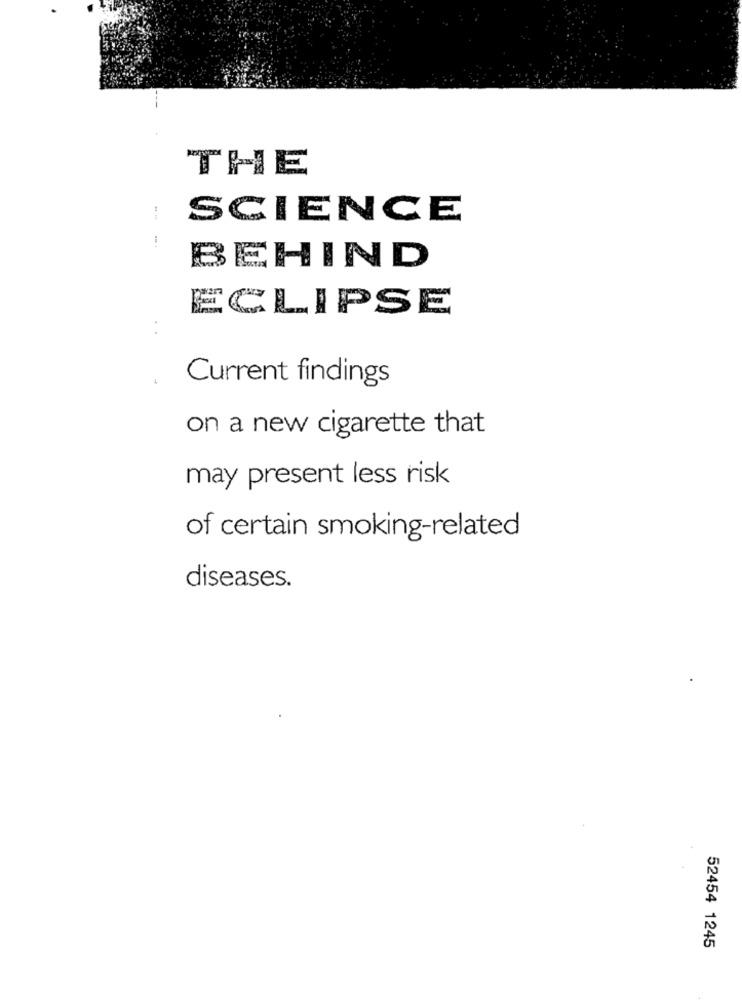
THE
:
SCIENCE
BEHIND
ECLIPSE
. .
Current findings
on a new cigarette that
may present less risk
of certain smoking-related
diseases.
52454 1245